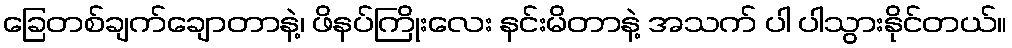
ခြေတစ်ချက်ချောတာနဲ့၊ ဖိနပ်ကြိုးလေး နင်းမိတာနဲ့ အသက် ပါ ပါသွားနိုင်တယ်။